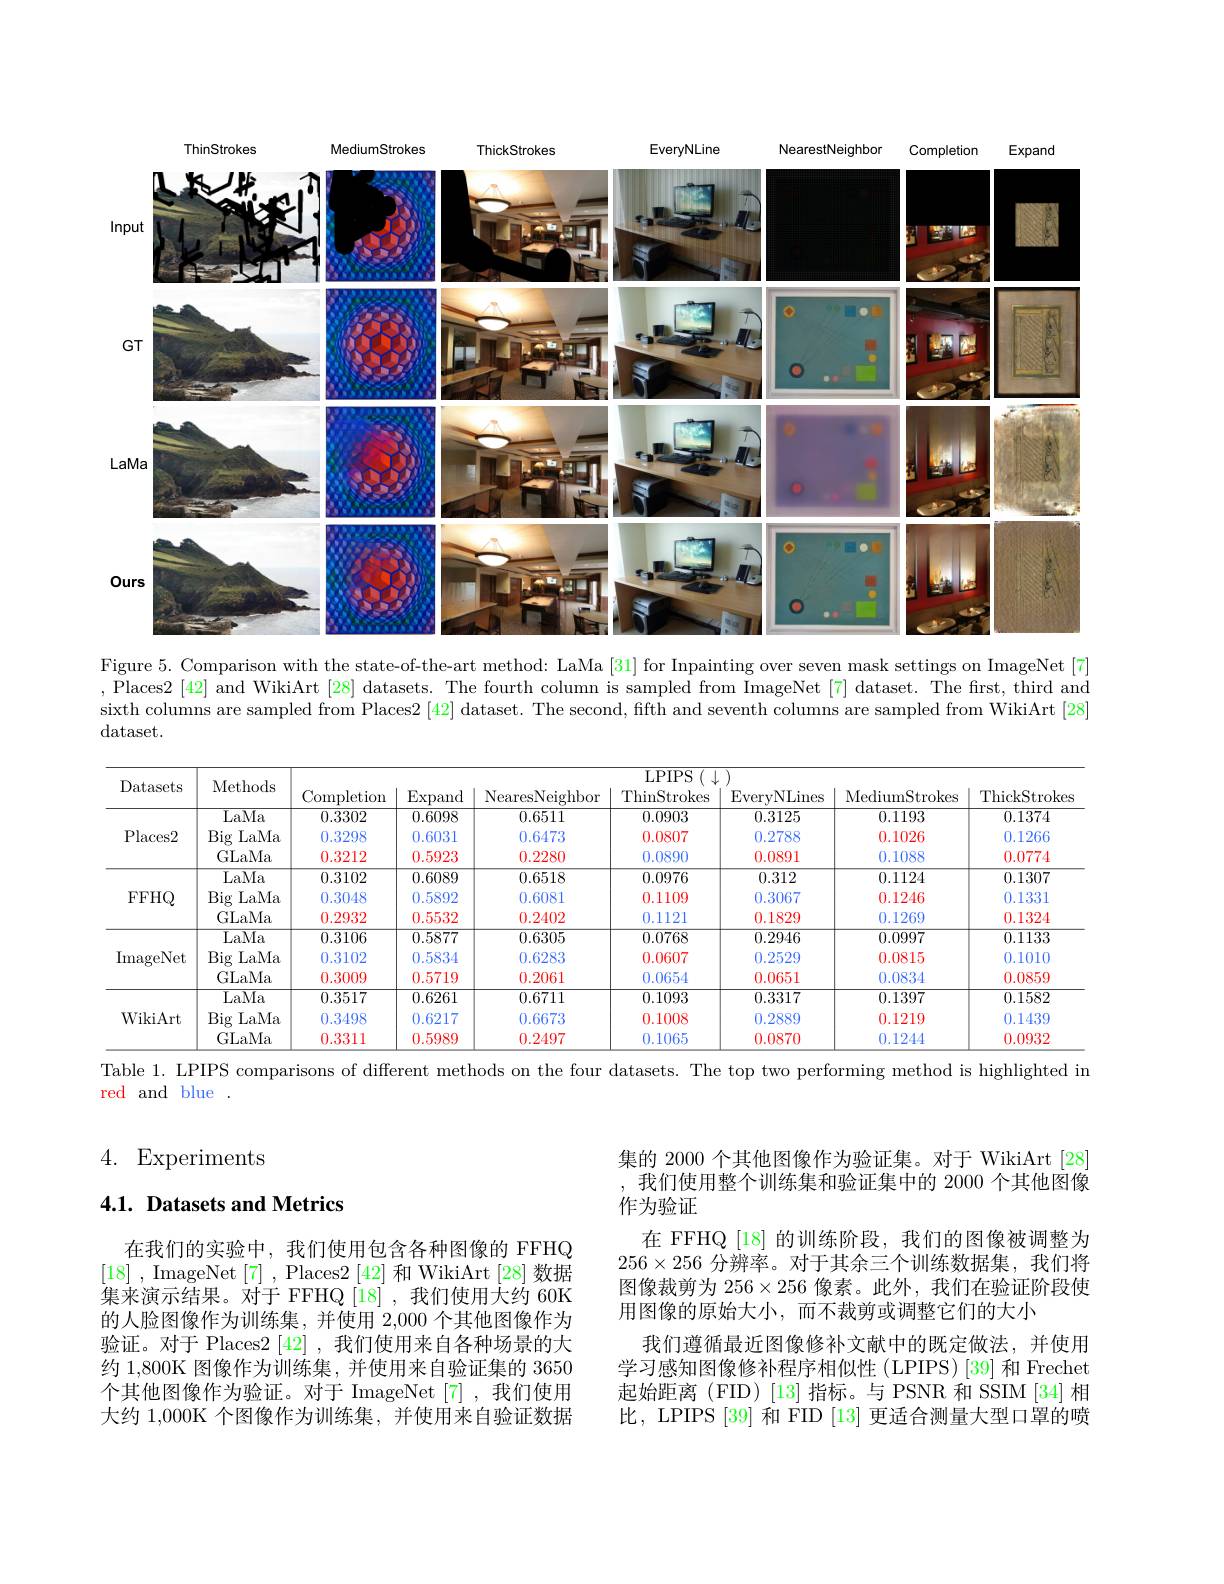
<FigureHere>

Figure 5. Comparison with the state-of-the-art method: LaMa [31] for Inpainting over seven mask settings on ImageNet [7] , Places2 [42] and WikiArt [28] datasets. The fourth column is sampled from ImageNet [7] dataset. The first, third and sixth columns are sampled from Places2 [42] dataset. The second, fifth and seventh columns are sampled from WikiArt [28] dataset.

<table>
	<tbody>
		<tr>
			<th rowspan="2">Datasets</th>
			<th rowspan="2">Methods</th>
			<th colspan="7">$\overline{\mathrm{LPIPS}(\downarrow)}$</th>
		</tr>
		<tr>
			<th>Completion</th>
			<th>$\operatorname{Expand}$</th>
			<th>NearesNeighbor</th>
			<th>ThinStrokes</th>
			<th>EveryNLines</th>
			<th>MediumStrokes</th>
			<th>ThickStrokes</th>
		</tr>
		<tr>
			<td rowspan="3">Places2</td>
			<td>LaMa</td>
			<td>0.3302</td>
			<td>0.6098</td>
			<td>0.6511</td>
			<td>0.0903</td>
			<td>0.3125</td>
			<td>0.1193</td>
			<td>0.1374</td>
		</tr>
		<tr>
			<td>Big LaMa</td>
			<td>0.3298</td>
			<td>0.6031</td>
			<td>0.6473</td>
			<td>0.0807</td>
			<td>0.2788</td>
			<td>0.1026</td>
			<td>0.1266</td>
		</tr>
		<tr>
			<td>GLaMa</td>
			<td>0.3212</td>
			<td>0.5923</td>
			<td>0.2280</td>
			<td>0.0890</td>
			<td>0.0891</td>
			<td>0.1088</td>
			<td>0.0774</td>
		</tr>
		<tr>
			<td rowspan="3">FFHQ</td>
			<td>$\overline{\mathrm{LaMa}}$</td>
			<td>0.3102</td>
			<td>0.6089</td>
			<td>0.6518</td>
			<td>0.0976</td>
			<td>0.312</td>
			<td>0.1124</td>
			<td>0.1307</td>
		</tr>
		<tr>
			<td>Big LaMa</td>
			<td>0.3048</td>
			<td>0.5892</td>
			<td>0.6081</td>
			<td>0.1109</td>
			<td>0.3067</td>
			<td>0.1246</td>
			<td>0.1331</td>
		</tr>
		<tr>
			<td>GLaMa</td>
			<td>0.2932</td>
			<td>0.5532</td>
			<td>0.2402</td>
			<td>0.1121</td>
			<td>0.1829</td>
			<td>0.1269</td>
			<td>0.1324</td>
		</tr>
		<tr>
			<td rowspan="3">ImageNet</td>
			<td>LaMa</td>
			<td>0.3106</td>
			<td>0.5877</td>
			<td>0.6305</td>
			<td>0.0768</td>
			<td>0.2946</td>
			<td>0.0997</td>
			<td>0.1133</td>
		</tr>
		<tr>
			<td>Big LaMa</td>
			<td>0.3102</td>
			<td>0.5834</td>
			<td>0.6283</td>
			<td>0.0607</td>
			<td>0.2529</td>
			<td>0.0815</td>
			<td>0.1010</td>
		</tr>
		<tr>
			<td>GLaMa</td>
			<td>0.3009</td>
			<td>0.5719</td>
			<td>0.2061</td>
			<td>0.0654</td>
			<td>0.0651</td>
			<td>0.0834</td>
			<td>0.0859</td>
		</tr>
		<tr>
			<td rowspan="3">WikiArt</td>
			<td>LaMa</td>
			<td>0.3517</td>
			<td>0.6261</td>
			<td>0.6711</td>
			<td>0.1093</td>
			<td>0.3317</td>
			<td>0.1397</td>
			<td>0.1582</td>
		</tr>
		<tr>
			<td>Big LaMa</td>
			<td>0.3498</td>
			<td>0.6217</td>
			<td>0.6673</td>
			<td>0.1008</td>
			<td>0.2889</td>
			<td>0.1219</td>
			<td>0.1439</td>
		</tr>
		<tr>
			<td>GLaMa</td>
			<td>0.3311</td>
			<td>0.5989</td>
			<td>0.2497</td>
			<td>0.1065</td>
			<td>0.0870</td>
			<td>0.1244</td>
			<td>0.0932</td>
		</tr>
	</tbody>
</table>

Table 1. LPIPS comparisons of different methods on the four datasets. The top two performing method is highlighted in

red and blue .

4. Experiments

## 4.1. Datasets and Metrics

在我们的实验中，我们使用包含各种图像的 FFHQ [18] , ImageNet [7] , Places2 [42]和 WikiArt [28] 数据集来演示结果。对于 FFHQ[18],我们使用大约 60K 的人脸图像作为训练集，并使用 2,000 个其他图像作为验证。对于 Places2 [42] ,我们使用来自各种场景的大约 1,800K 图像作为训练集，并使用来自验证集的 3650个其他图像作为验证。对于 ImageNet [7],我们使用大约 1,000K 个图像作为训练集，并使用来自验证数据

集的 2000 个其他图像作为验证集。对于 WikiArt [28] 我们使用整个训练集和验证集中的 2000 个其他图像作为验证
在 FFHQ [18] 的训练阶段，我们的图像被调整为$256\times256$分辨率。对于其余三个训练数据集，我们将图像裁剪为 256×256 像素。此外，我们在验证阶段使用图像的原始大小，而不裁剪或调整它们的大小
我们遵循最近图像修补文献中的既定做法，并使用学习感知图像修补程序相似性 (LPIPS) [39] 和 Frechet 起始距离(FID)[13]指标。与 PSNR 和 SSIM[34]相比，LPIPS [39] 和 FID [13] 更适合测量大型口罩的喷